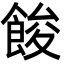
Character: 餕